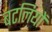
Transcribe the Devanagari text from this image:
बटलियों